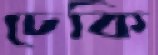
ঢেকি